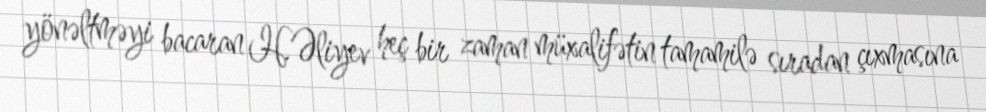
yönəltməyi bacaran H.Əliyev heç bir zaman müxalifətin tamamilə sıradan çıxmasına